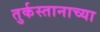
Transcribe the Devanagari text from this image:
तुर्कस्तानाच्या